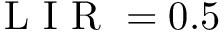
\mathrm { ~ L ~ I ~ R ~ } = 0 . 5